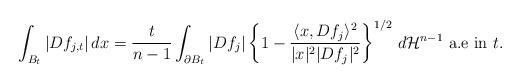
LaTeX: \begin{align*} \int_{B_t}|Df_{j,t}|\, dx = \frac{t}{n-1} \int_{\partial B_t} |D f_j| \left\{ 1-\frac{\langle x, D f_j \rangle^2}{|x|^2|D f_j|^2} \right\}^{1/2} \, d\mathcal{H}^{n-1} \mbox{ a.e in $t$}.\end{align*}